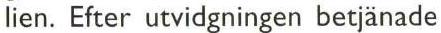
lien. Efter utvidgningen betjänade